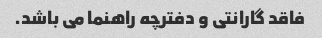
فاقد گارانتی و دفترچه راهنما می باشد.